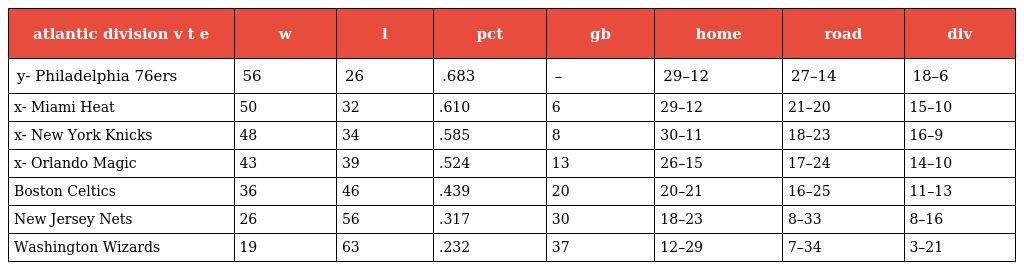
| atlantic division v t e | w | l | pct | gb | home | road | div |
 | --- | --- | --- | --- | --- | --- | --- | --- |
 | y- Philadelphia 76ers | 56 | 26 | .683 | – | 29–12 | 27–14 | 18–6 |
 | x- Miami Heat | 50 | 32 | .610 | 6 | 29–12 | 21–20 | 15–10 |
 | x- New York Knicks | 48 | 34 | .585 | 8 | 30–11 | 18–23 | 16–9 |
 | x- Orlando Magic | 43 | 39 | .524 | 13 | 26–15 | 17–24 | 14–10 |
 | Boston Celtics | 36 | 46 | .439 | 20 | 20–21 | 16–25 | 11–13 |
 | New Jersey Nets | 26 | 56 | .317 | 30 | 18–23 | 8–33 | 8–16 |
 | Washington Wizards | 19 | 63 | .232 | 37 | 12–29 | 7–34 | 3–21 |